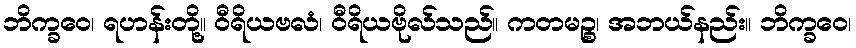
ဘိက္ခဝေ၊ ရဟန်းတို့။ ဝီရိယဗလံ၊ ဝီရိယဗိုလ်သည်။ ကတမဉ္စ၊ အဘယ်နည်း။ ဘိက္ခဝေ၊